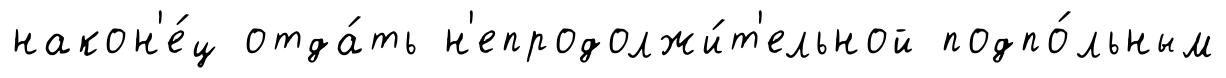
након'е́ц отда́ть н'епродолжи́т'ельной подпо́льным